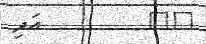
٥٧         އަދި